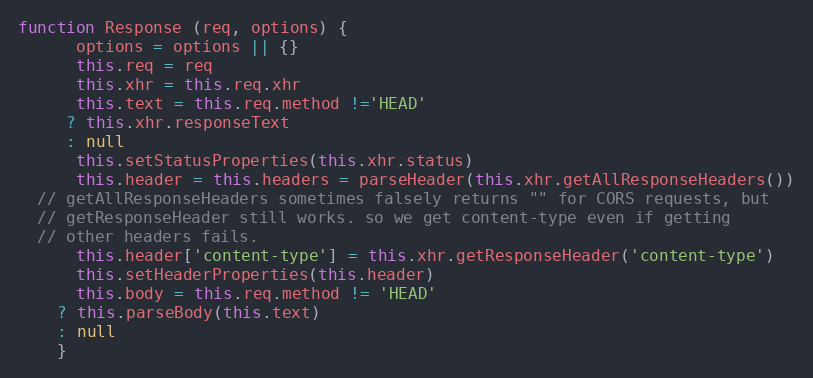
Language: JavaScript
function Response (req, options) {
      options = options || {}
      this.req = req
      this.xhr = this.req.xhr
      this.text = this.req.method !='HEAD'
     ? this.xhr.responseText
     : null
      this.setStatusProperties(this.xhr.status)
      this.header = this.headers = parseHeader(this.xhr.getAllResponseHeaders())
  // getAllResponseHeaders sometimes falsely returns "" for CORS requests, but
  // getResponseHeader still works. so we get content-type even if getting
  // other headers fails.
      this.header['content-type'] = this.xhr.getResponseHeader('content-type')
      this.setHeaderProperties(this.header)
      this.body = this.req.method != 'HEAD'
    ? this.parseBody(this.text)
    : null
    }